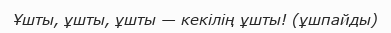
Ұшты, ұшты, ұшты — кекілің ұшты! (ұшпайды)